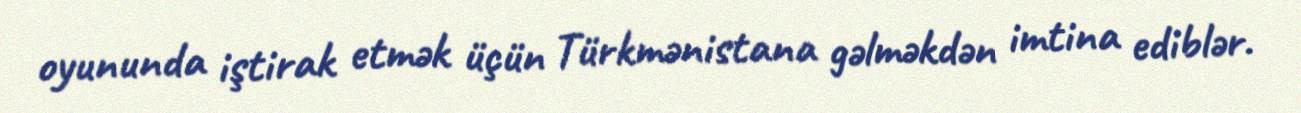
oyununda iştirak etmək üçün Türkmənistana gəlməkdən imtina ediblər.